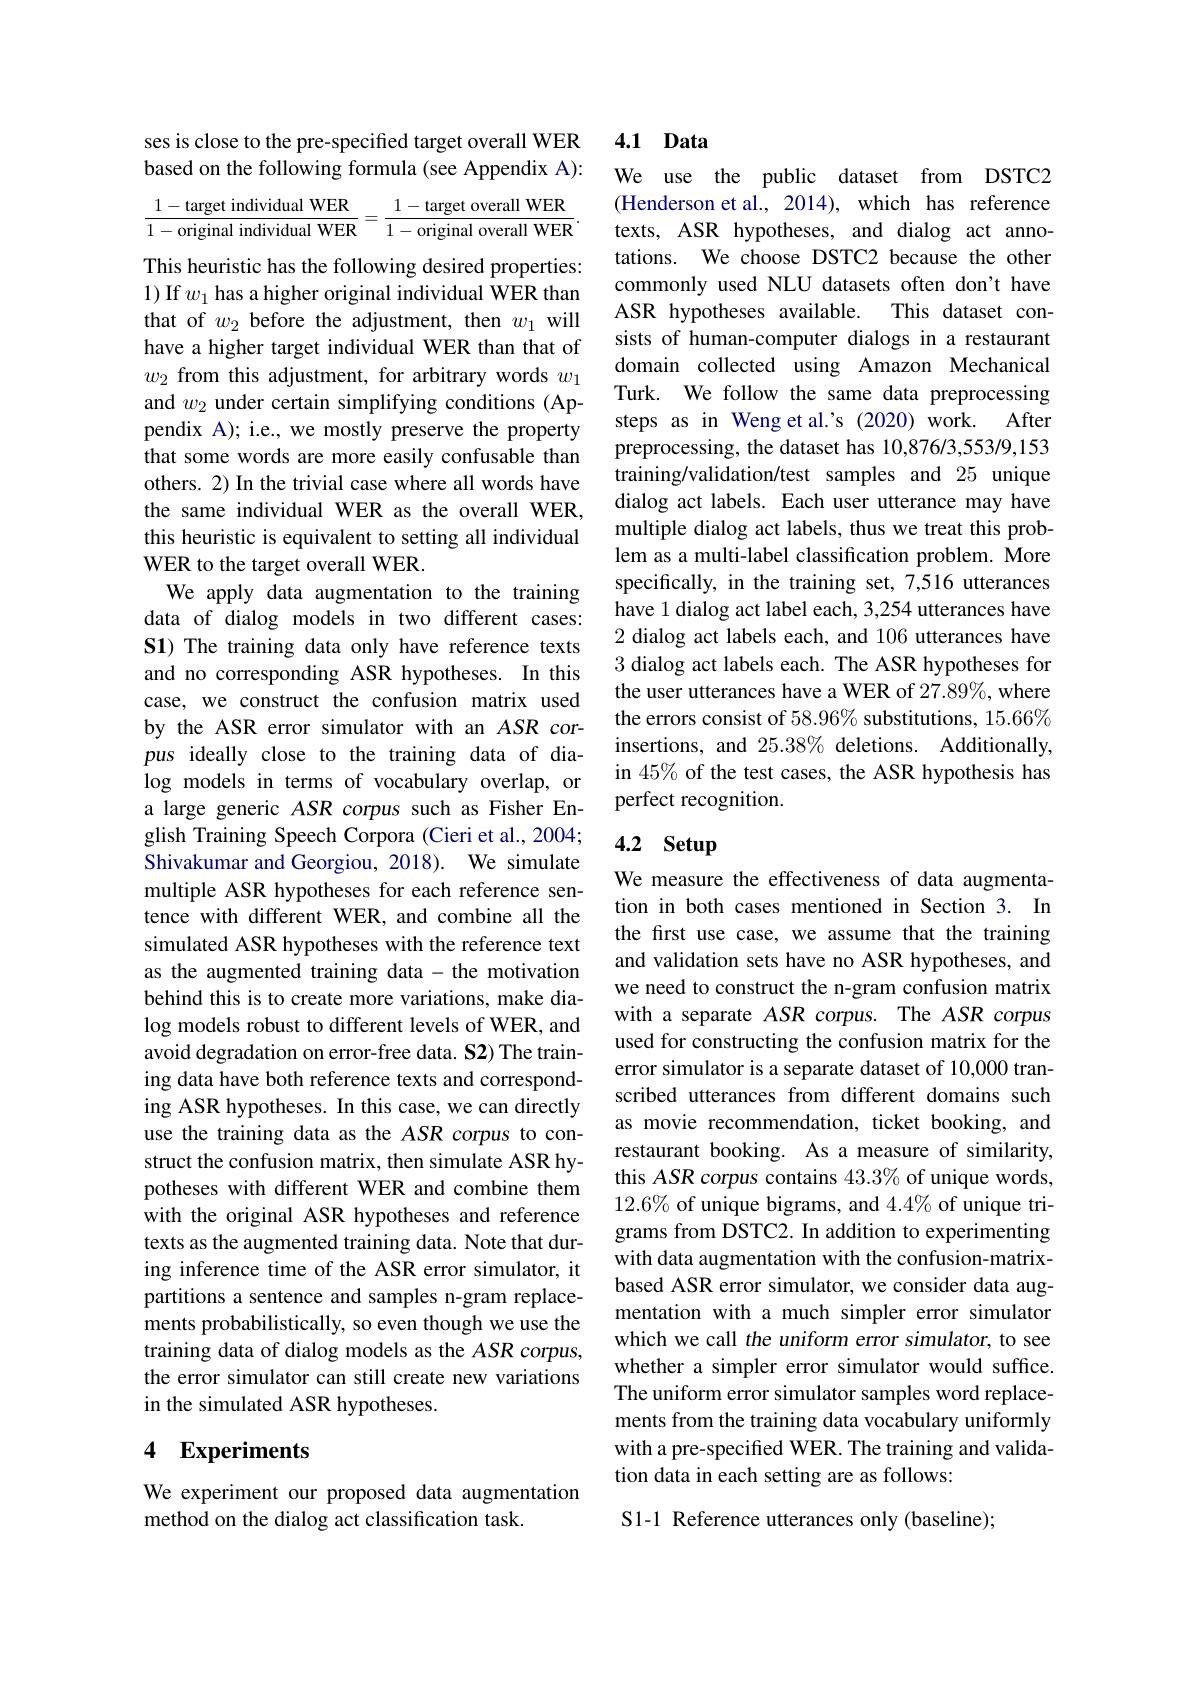
ses is close to the pre-specified target overall WER based on the following formula (see Appendix A): $\frac {1- \text{target individual WER}}{1- \text{original individual WER}}= \frac {1- \text{target overall WER}}{1- \text{original overall WER}}.$ texts, ASR hypotheses, and dialog act anno-

This heuristic has the following desired properties: 1) If $w_1$ has a higher original individual WER than that of $w_2$ before the adjustment, then $w_1$ will have a higher target individual WER than that of $w_{2}\textbf{ from this adjustment, for arbitrary words }w_{1}$ and $w_2$ under certain simplifying conditions (Appendix A); i.e., we mostly preserve the property that some words are more easily confusable than others. 2) In the trivial case where all words have the same individual WER as the overall WER, this heuristic is equivalent to setting all individual WER to the target overall WER.
We apply data augmentation to the training data of dialog models in two different cases: S1) The training data only have reference texts and no corresponding ASR hypotheses. In this case, we construct the confusion matrix used by the ASR error simulator with an ASR corpus ideally close to the training data of dialog models in terms of vocabulary overlap, or a large generic ASR corpus such as Fisher English Training Speech Corpora (Cieri et al., 2004; Shivakumar and Georgiou, 2018). We simulate multiple ASR hypotheses for each reference sentence with different WER, and combine all the simulated ASR hypotheses with the reference text as the augmented training data - the motivation behind this is to create more variations, make dialog models robust to different levels of WER, and avoid degradation on error-free data. S2) The training data have both reference texts and corresponding ASR hypotheses. In this case, we can directly use the training data as the ASR corpus to construct the confusion matrix, then simulate ASR hypotheses with different WER and combine them with the original ASR hypotheses and reference texts as the augmented training data. Note that during inference time of the ASR error simulator, it partitions a sentence and samples n-gram replacements probabilistically, so even though we use the training data of dialog models as the ASR corpus, the error simulator can still create new variations in the simulated ASR hypotheses.

### 4 $\mathbf{Experiments}$

We experiment our proposed data augmentation
method on the dialog act classification task.

4.1 Data

We use the public dataset from DSTC2 (Henderson et al., 2014), which has reference tations. We choose DSTC2 because the other commonly used NLU datasets often don't have ASR hypotheses available. This dataset consists of human-computer dialogs in a restaurant domain collected using Amazon Mechanical Turk. We follow the same data preprocessing steps as in Weng et al.'s (2020) work. After preprocessing, the dataset has 10,876/3,553/9,153 training/validation/test samples and 25 unique dialog act labels. Each user utterance may have multiple dialog act labels, thus we treat this problem as a multi-label classification problem. More specifically, in the training set, 7,516 utterances have 1 dialog act label each, 3,254 utterances have 2 dialog act labels each, and 106 utterances have 3 dialog act labels each. The ASR hypotheses for the user utterances have a WER of 27.89%, where the errors consist of 58.96% substitutions, 15.66% insertions, and $25.38\%$ deletions. Additionally, in 45% of the test cases, the ASR hypothesis has perfect recognition.

## 4.2 Setup

We measure the effectiveness of data augmentation in both cases mentioned in Section 3. In the first use case, we assume that the training and validation sets have no ASR hypotheses, and we need to construct the n-gram confusion matrix with a separate ASR corpus. The ASR corpus used for constructing the confusion matrix for the error simulator is a separate dataset of 10,000 transcribed utterances from different domains such as movie recommendation, ticket booking, and restaurant booking. As a measure of similarity, this ASR corpus contains 43.3% of unique words, $12.6\%$ of unique bigrams, and $4.4\%$ of unique trigrams from DSTC2. In addition to experimenting with data augmentation with the confusion-matrixbased ASR error simulator, we consider data augmentation with a much simpler error simulator which we call the uniform error simulator, to see whether a simpler error simulator would suffice. The uniform error simulator samples word replacements from the training data vocabulary uniformly with a pre-specified WER. The training and validation data in each setting are as follows:

S1-1 Reference utterances only (baseline);